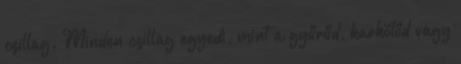
csillag. Minden csillag egyedi, mint a gyűrűd, karkötőd vagy